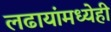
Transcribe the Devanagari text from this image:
लढायांमध्येही